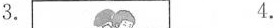
3. 4.